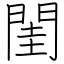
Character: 閨